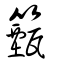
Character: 籈